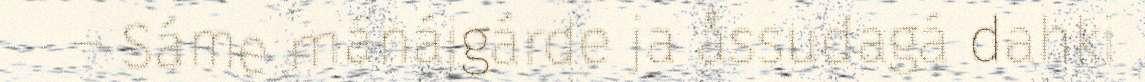
– Sáme mánájgárde ja åssudagá dahki